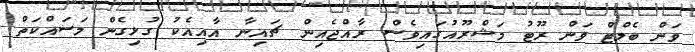
ވަން ބެލްޓް ވަން ރޫޓު މަޝްރޫއުގައިވެސް ރާއްޖެއިން ޗައިނާ އާއިއެކު ގުޅިގެން މަސައްކަތް